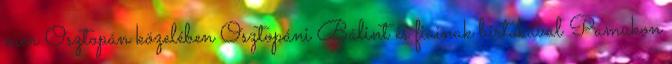
már Osztopán közelében Osztopáni Bálint és fiainak birtokával Pamukon